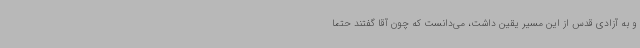
و به آزادی قدس از این مسیر یقین داشت، می‌دانست که چون آقا گفتند حتماً